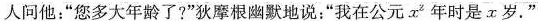
人问他：“您多大年龄了?”狄摩根幽默地说：“我在公元x_{2}年时是x岁.”